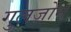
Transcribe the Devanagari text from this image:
गुलज़ोन